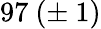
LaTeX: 97\ (\pm\ 1)